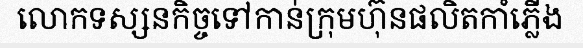
លោកទស្សនកិច្ចទៅកាន់ក្រុមហ៊ុនផលិតកាំភ្លើង